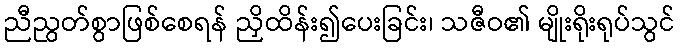
ညီညွတ်စွာဖြစ်စေရန် ညှိထိန်း၍ပေးခြင်း၊ သဇီဝ၏ မျိုးရိုးရုပ်သွင်